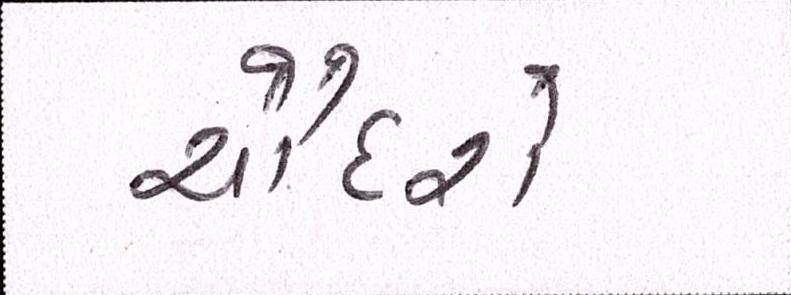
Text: ચૌદશે